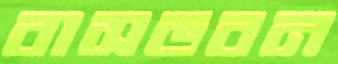
বাসভবন